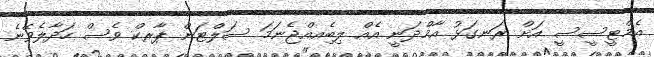
އެމްޓީސީސީ އަށް ރަނގަޅު އާމްދަނީ އެއް ލިބިެއއްޖެނަމަ ސަލްޓަން ޕާރކް ވެސް ހަދާލެވޭނެ